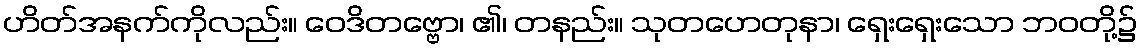
ဟိတ်အနက်ကိုလည်း။ ဝေဒိတဗ္ဗော၊ ၏၊ တနည်း။ သုတဟေတုနာ၊ ရှေးရှေးသော ဘဝတို့၌